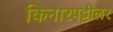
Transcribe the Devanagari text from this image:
किनारपट्टीलर